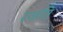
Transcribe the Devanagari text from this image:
रजति